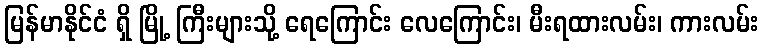
မြန်မာနိုင်ငံ ရှိ မြို့ ကြီးများသို့ ရေကြောင်း လေကြောင်း၊ မီးရထားလမ်း၊ ကားလမ်း